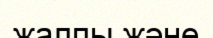
жалпы және